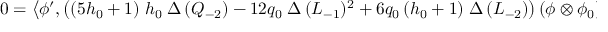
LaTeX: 0 = \left\langle \phi ^ { \prime } , \left( ( 5 h _ { 0 } + 1 ) \; h _ { 0 } \; \Delta \, ( Q _ { - 2 } ) - 1 2 q _ { 0 } \; \Delta \, ( L _ { - 1 } ) ^ { 2 } + 6 q _ { 0 } \, ( h _ { 0 } + 1 ) \; \Delta \, ( L _ { - 2 } ) \right) \left( \phi \otimes \phi _ { 0 } \right) \right\rangle .